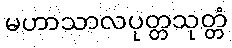
မဟာသာလပုတ္တသုတ္တံ